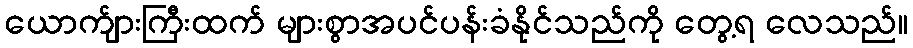
ယောက်ျားကြီးထက် များစွာအပင်ပန်းခံနိုင်သည်ကို တွေ့ရ လေသည်။